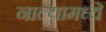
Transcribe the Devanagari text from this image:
नाल्यामध्ये